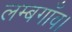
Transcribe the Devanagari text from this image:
लम्बगाँव।